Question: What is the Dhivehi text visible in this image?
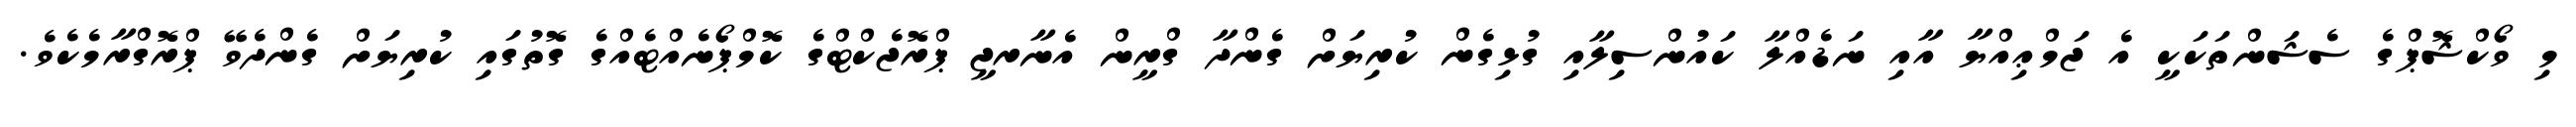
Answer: މި ވޯކްޝޮޕްގެ ސެޝަންތަކަކީ އެ ޖަމްޢިއްޔާ އާއި ނަޑެއްލާ ކައުންސިލާއި ގުޅިގެން ކުރިޔަށް ގެންދާ ގްރީން އެނާރޖީ ޕްރޮޖެކްޓްގެ ކޮމްޕޯނެއްޓެއްގެ ގޮތުގައި ކުރިޔަށް ގެންދެވޭ ޕްރޮގްރާމެކެވެ.